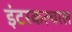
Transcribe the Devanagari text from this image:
इंटरकल्चरल